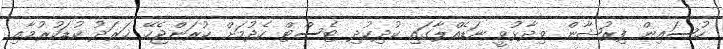
ހުސައިން ފިރުޝާން ވިދާޅުވީ ނަޑެއްލާގައި ކުދިކުދި ޓެސްޓް ހެދުމަށް ކުރަންޖެހޭ ޚަރަދު ކުޑަކުރުމާއި